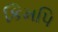
કિમપિ